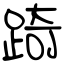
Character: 踦